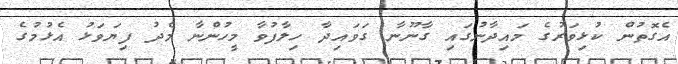
އެގޮތުން ކުޅިވަރުގެ މައިދާނުގައި ގާނޫނާ ގަވައިދާ ހިލާފުވާ މީހުންނާ މެދު ފިޔަވަޅު އެޅުމުގެ